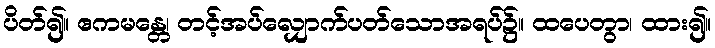
ပိတ်၍။ ဧကမန္တေ၊ တင့်အပ်လျှောက်ပတ်သောအရပ်၌။ ထပေတွာ၊ ထား၍။